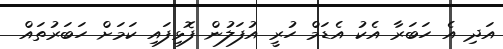
އަދި އެ ހަބަރާ އެކު އެޑަމް ހުރީ އުފަލުން ފޮޅިފައި ކަމަށް ހަބަރުތައް